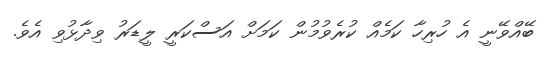
ބޭއްވޭނީ އެ ހުރިހާ ކަމެއް ކުރެވުމުން ކަމަށް އަސްކަރީ ލީޑަރު ވިދާޅުވި އެވެ.